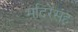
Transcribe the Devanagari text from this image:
मदिरेसह